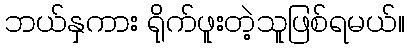
ဘယ်နှကား ရိုက်ဖူးတဲ့သူဖြစ်ရမယ်။